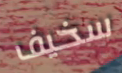
سخيف